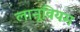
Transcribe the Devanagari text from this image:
लानूवियम